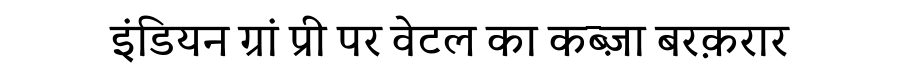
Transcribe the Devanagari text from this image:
इंडियन ग्रां प्री पर वेटल का कब्ज़ा बरक़रार